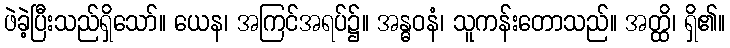
ဖဲခဲ့ပြီးသည်ရှိသော်။ ယေန၊ အကြင်အရပ်၌။ အန္ဓဝနံ၊ သူကန်းတောသည်။ အတ္ထိ၊ ရှိ၏။